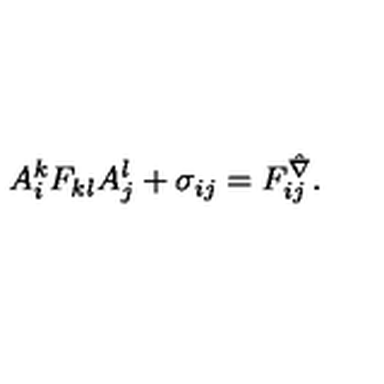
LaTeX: A _ { i } ^ { k } F _ { k l } A _ { j } ^ { l } + \sigma _ { i j } = F _ { i j } ^ { \hat { \nabla } } .